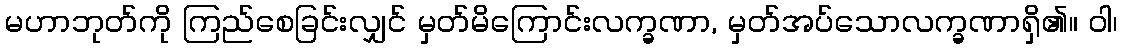
မဟာဘုတ်ကို ကြည်စေခြင်းလျှင် မှတ်မိကြောင်းလက္ခဏာ, မှတ်အပ်သောလက္ခဏာရှိ၏။ ဝါ၊